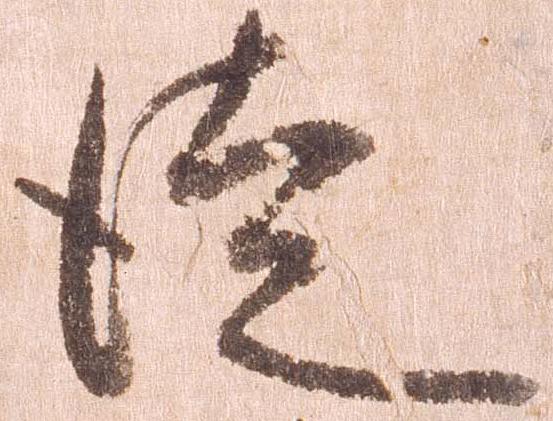
徒